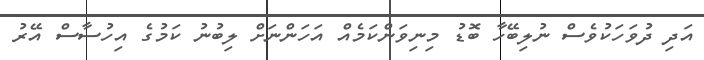
އަދި ދުވަހަކުވެސް ނުލިބޭހާ ބޮޑު މިނިވަންކަމެއް އަހަންނަށް ލިބުނު ކަމުގެ އިހުސާސް އޭރު